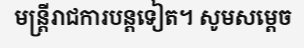
មន្ត្រីរាជការបន្តទៀត។ សូមសម្តេច